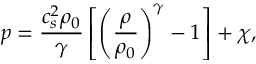
p = \frac { c _ { s } ^ { 2 } \rho _ { 0 } } { \gamma } \left[ \left( \frac { \rho } { \rho _ { 0 } } \right) ^ { \gamma } - 1 \right] + \chi ,